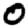
Digit: 0